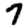
Digit: 7